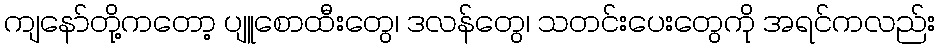
ကျနော်တို့ကတော့ ပျူစောထီးတွေ၊ ဒလန်တွေ၊ သတင်းပေးတွေကို အရင်ကလည်း